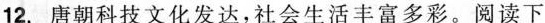
12.唐朝科技文化发达，社会生活丰富多彩。阅读下